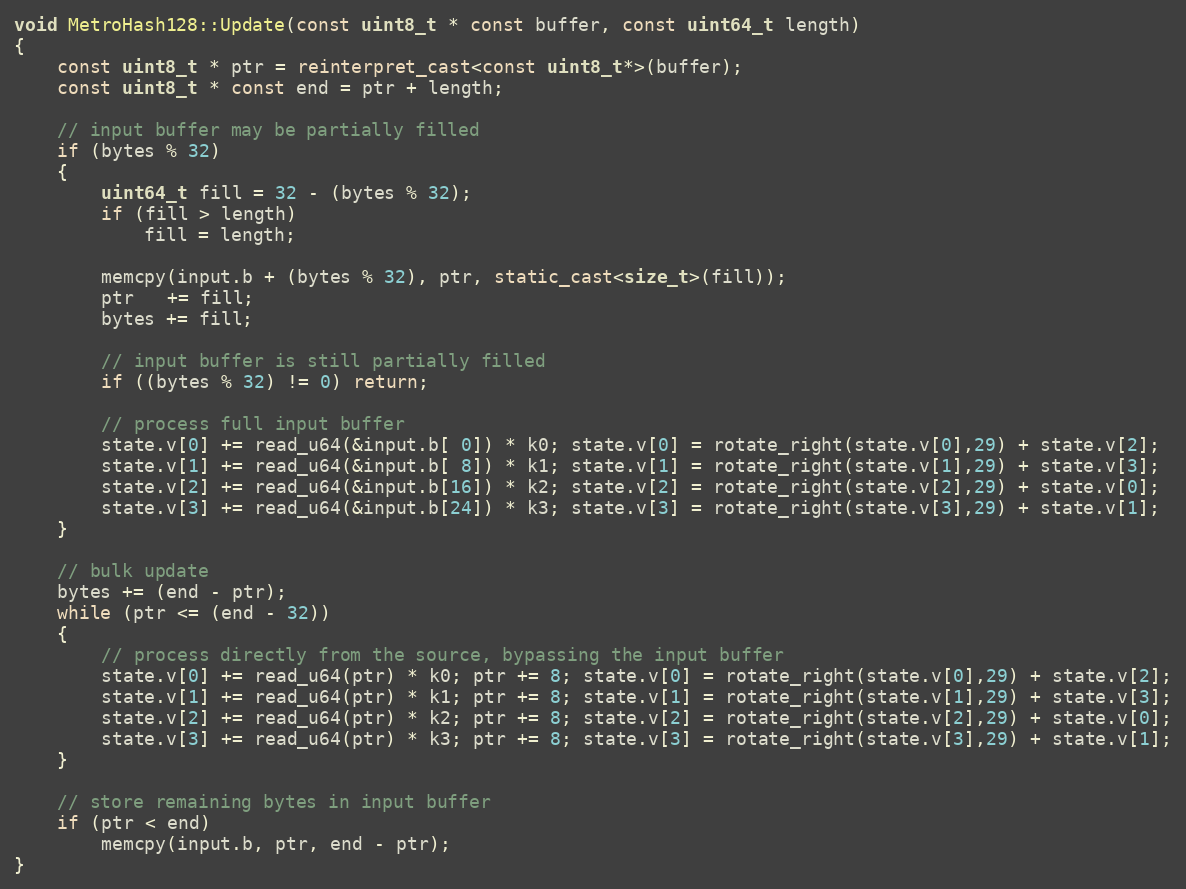
Language: C++
void MetroHash128::Update(const uint8_t * const buffer, const uint64_t length)
{
    const uint8_t * ptr = reinterpret_cast<const uint8_t*>(buffer);
    const uint8_t * const end = ptr + length;

    // input buffer may be partially filled
    if (bytes % 32)
    {
        uint64_t fill = 32 - (bytes % 32);
        if (fill > length)
            fill = length;

        memcpy(input.b + (bytes % 32), ptr, static_cast<size_t>(fill));
        ptr   += fill;
        bytes += fill;

        // input buffer is still partially filled
        if ((bytes % 32) != 0) return;

        // process full input buffer
        state.v[0] += read_u64(&input.b[ 0]) * k0; state.v[0] = rotate_right(state.v[0],29) + state.v[2];
        state.v[1] += read_u64(&input.b[ 8]) * k1; state.v[1] = rotate_right(state.v[1],29) + state.v[3];
        state.v[2] += read_u64(&input.b[16]) * k2; state.v[2] = rotate_right(state.v[2],29) + state.v[0];
        state.v[3] += read_u64(&input.b[24]) * k3; state.v[3] = rotate_right(state.v[3],29) + state.v[1];
    }

    // bulk update
    bytes += (end - ptr);
    while (ptr <= (end - 32))
    {
        // process directly from the source, bypassing the input buffer
        state.v[0] += read_u64(ptr) * k0; ptr += 8; state.v[0] = rotate_right(state.v[0],29) + state.v[2];
        state.v[1] += read_u64(ptr) * k1; ptr += 8; state.v[1] = rotate_right(state.v[1],29) + state.v[3];
        state.v[2] += read_u64(ptr) * k2; ptr += 8; state.v[2] = rotate_right(state.v[2],29) + state.v[0];
        state.v[3] += read_u64(ptr) * k3; ptr += 8; state.v[3] = rotate_right(state.v[3],29) + state.v[1];
    }

    // store remaining bytes in input buffer
    if (ptr < end)
        memcpy(input.b, ptr, end - ptr);
}